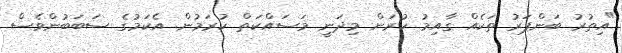
"އިތުރު ބަންޕަރު ތަކެއް ގާއިމު ކުރަން މިދަނީ މަސައްކަތް ކުރަމުން. އެކަމުގެ ސަބަބުންވެސް